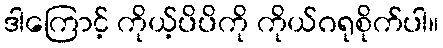
ဒါကြောင့် ကိုယ့်ပိပိကို ကိုယ်ဂရုစိုက်ပါ။